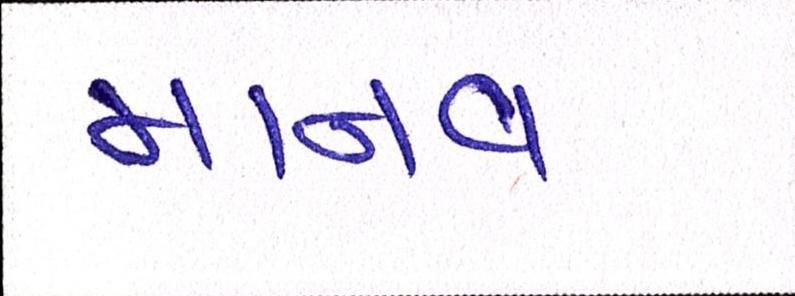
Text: માનવ